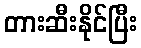
တားဆီးနိုင်ပြီး